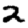
Digit: 2